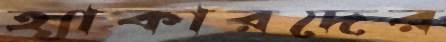
হ্যাকারদের